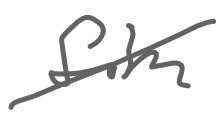
Text: film
Cross-out: diagonal
Writing tool: digital_gray